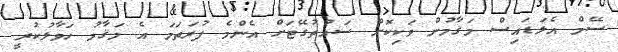
ސޭމް އެލަޑައިސް މަޤާމުން ވަކިކޮށް ސައުތުގޭޓަށް އެންމެ ފުރަތަމަ އެ މަޤާމު ހަވާލުކުރީ